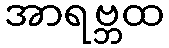
အာရဗ္ဘထ